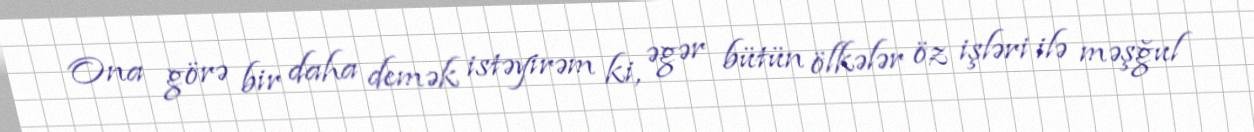
Ona görə bir daha demək istəyirəm ki, əgər bütün ölkələr öz işləri ilə məşğul